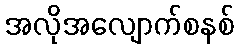
အလိုအလျောက်စနစ်